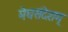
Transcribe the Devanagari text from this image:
मेघसंदेशम्